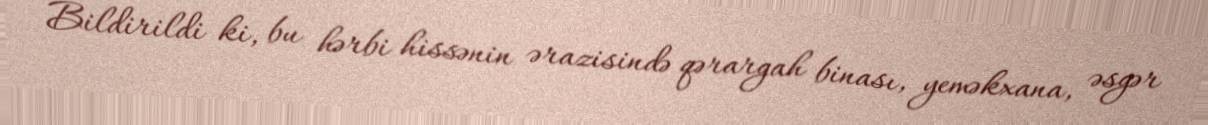
Bildirildi ki, bu hərbi hissənin ərazisində qərargah binası, yeməkxana, əsgər